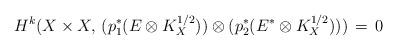
LaTeX: \begin{align*}H^k(X\times X,\, (p^*_1(E\otimes K^{1/2}_X))\otimes (p^*_2(E^*\otimes K^{1/2}_X)))\,=\, 0\end{align*}